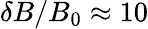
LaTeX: \delta B/B_{0}\approx 10